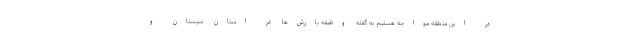
در این منطقه مواجه هستیم. به گفته وظیفه بارش‌ها در استان سیستان و